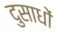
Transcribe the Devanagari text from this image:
दुसाधों